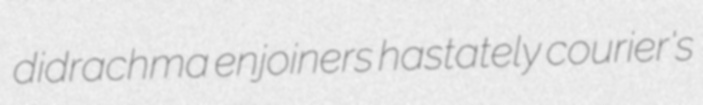
didrachma enjoiners hastately courier's